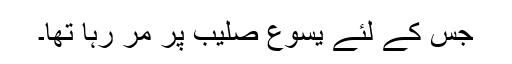
جس کے لئے یسوع صلیب پر مر رہا تھا۔